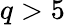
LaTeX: q>5